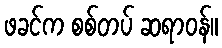
ဖခင်က စစ်တပ် ဆရာဝန်။